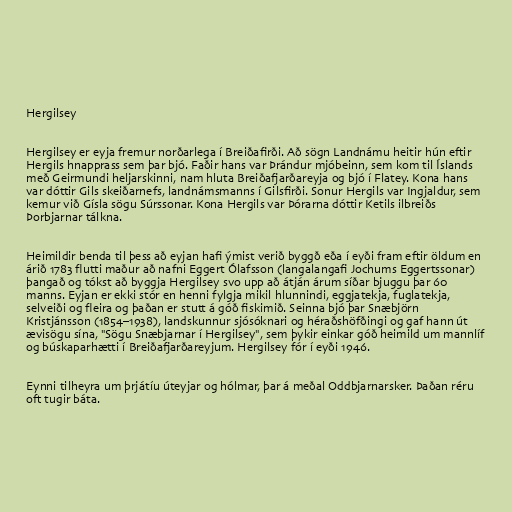
Hergilsey

Hergilsey er eyja fremur norðarlega í Breiðafirði. Að sögn Landnámu heitir hún eftir
Hergils hnapprass sem þar bjó. Faðir hans var Þrándur mjóbeinn, sem kom til Íslands
með Geirmundi heljarskinni, nam hluta Breiðafjarðareyja og bjó í Flatey. Kona hans
var dóttir Gils skeiðarnefs, landnámsmanns í Gilsfirði. Sonur Hergils var Ingjaldur, sem
kemur við Gísla sögu Súrssonar. Kona Hergils var Þórarna dóttir Ketils ilbreiðs
Þorbjarnar tálkna.

Heimildir benda til þess að eyjan hafi ýmist verið byggð eða í eyði fram eftir öldum en
árið 1783 flutti maður að nafni Eggert Ólafsson (langalangafi Jochums Eggertssonar)
þangað og tókst að byggja Hergilsey svo upp að átján árum síðar bjuggu þar 60
manns. Eyjan er ekki stór en henni fylgja mikil hlunnindi, eggjatekja, fuglatekja,
selveiði og fleira og þaðan er stutt á góð fiskimið. Seinna bjó þar Snæbjörn
Kristjánsson (1854–1938), landskunnur sjósóknari og héraðshöfðingi og gaf hann út
ævisögu sína, "Sögu Snæbjarnar í Hergilsey", sem þykir einkar góð heimild um mannlíf
og búskaparhætti í Breiðafjarðareyjum. Hergilsey fór í eyði 1946.

Eynni tilheyra um þrjátíu úteyjar og hólmar, þar á meðal Oddbjarnarsker. Þaðan réru
oft tugir báta.